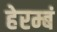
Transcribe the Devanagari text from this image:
हेरम्बं